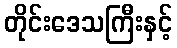
တိုင်းဒေသကြီးနှင့်